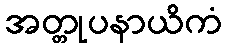
အတ္တုပနာယိကံ